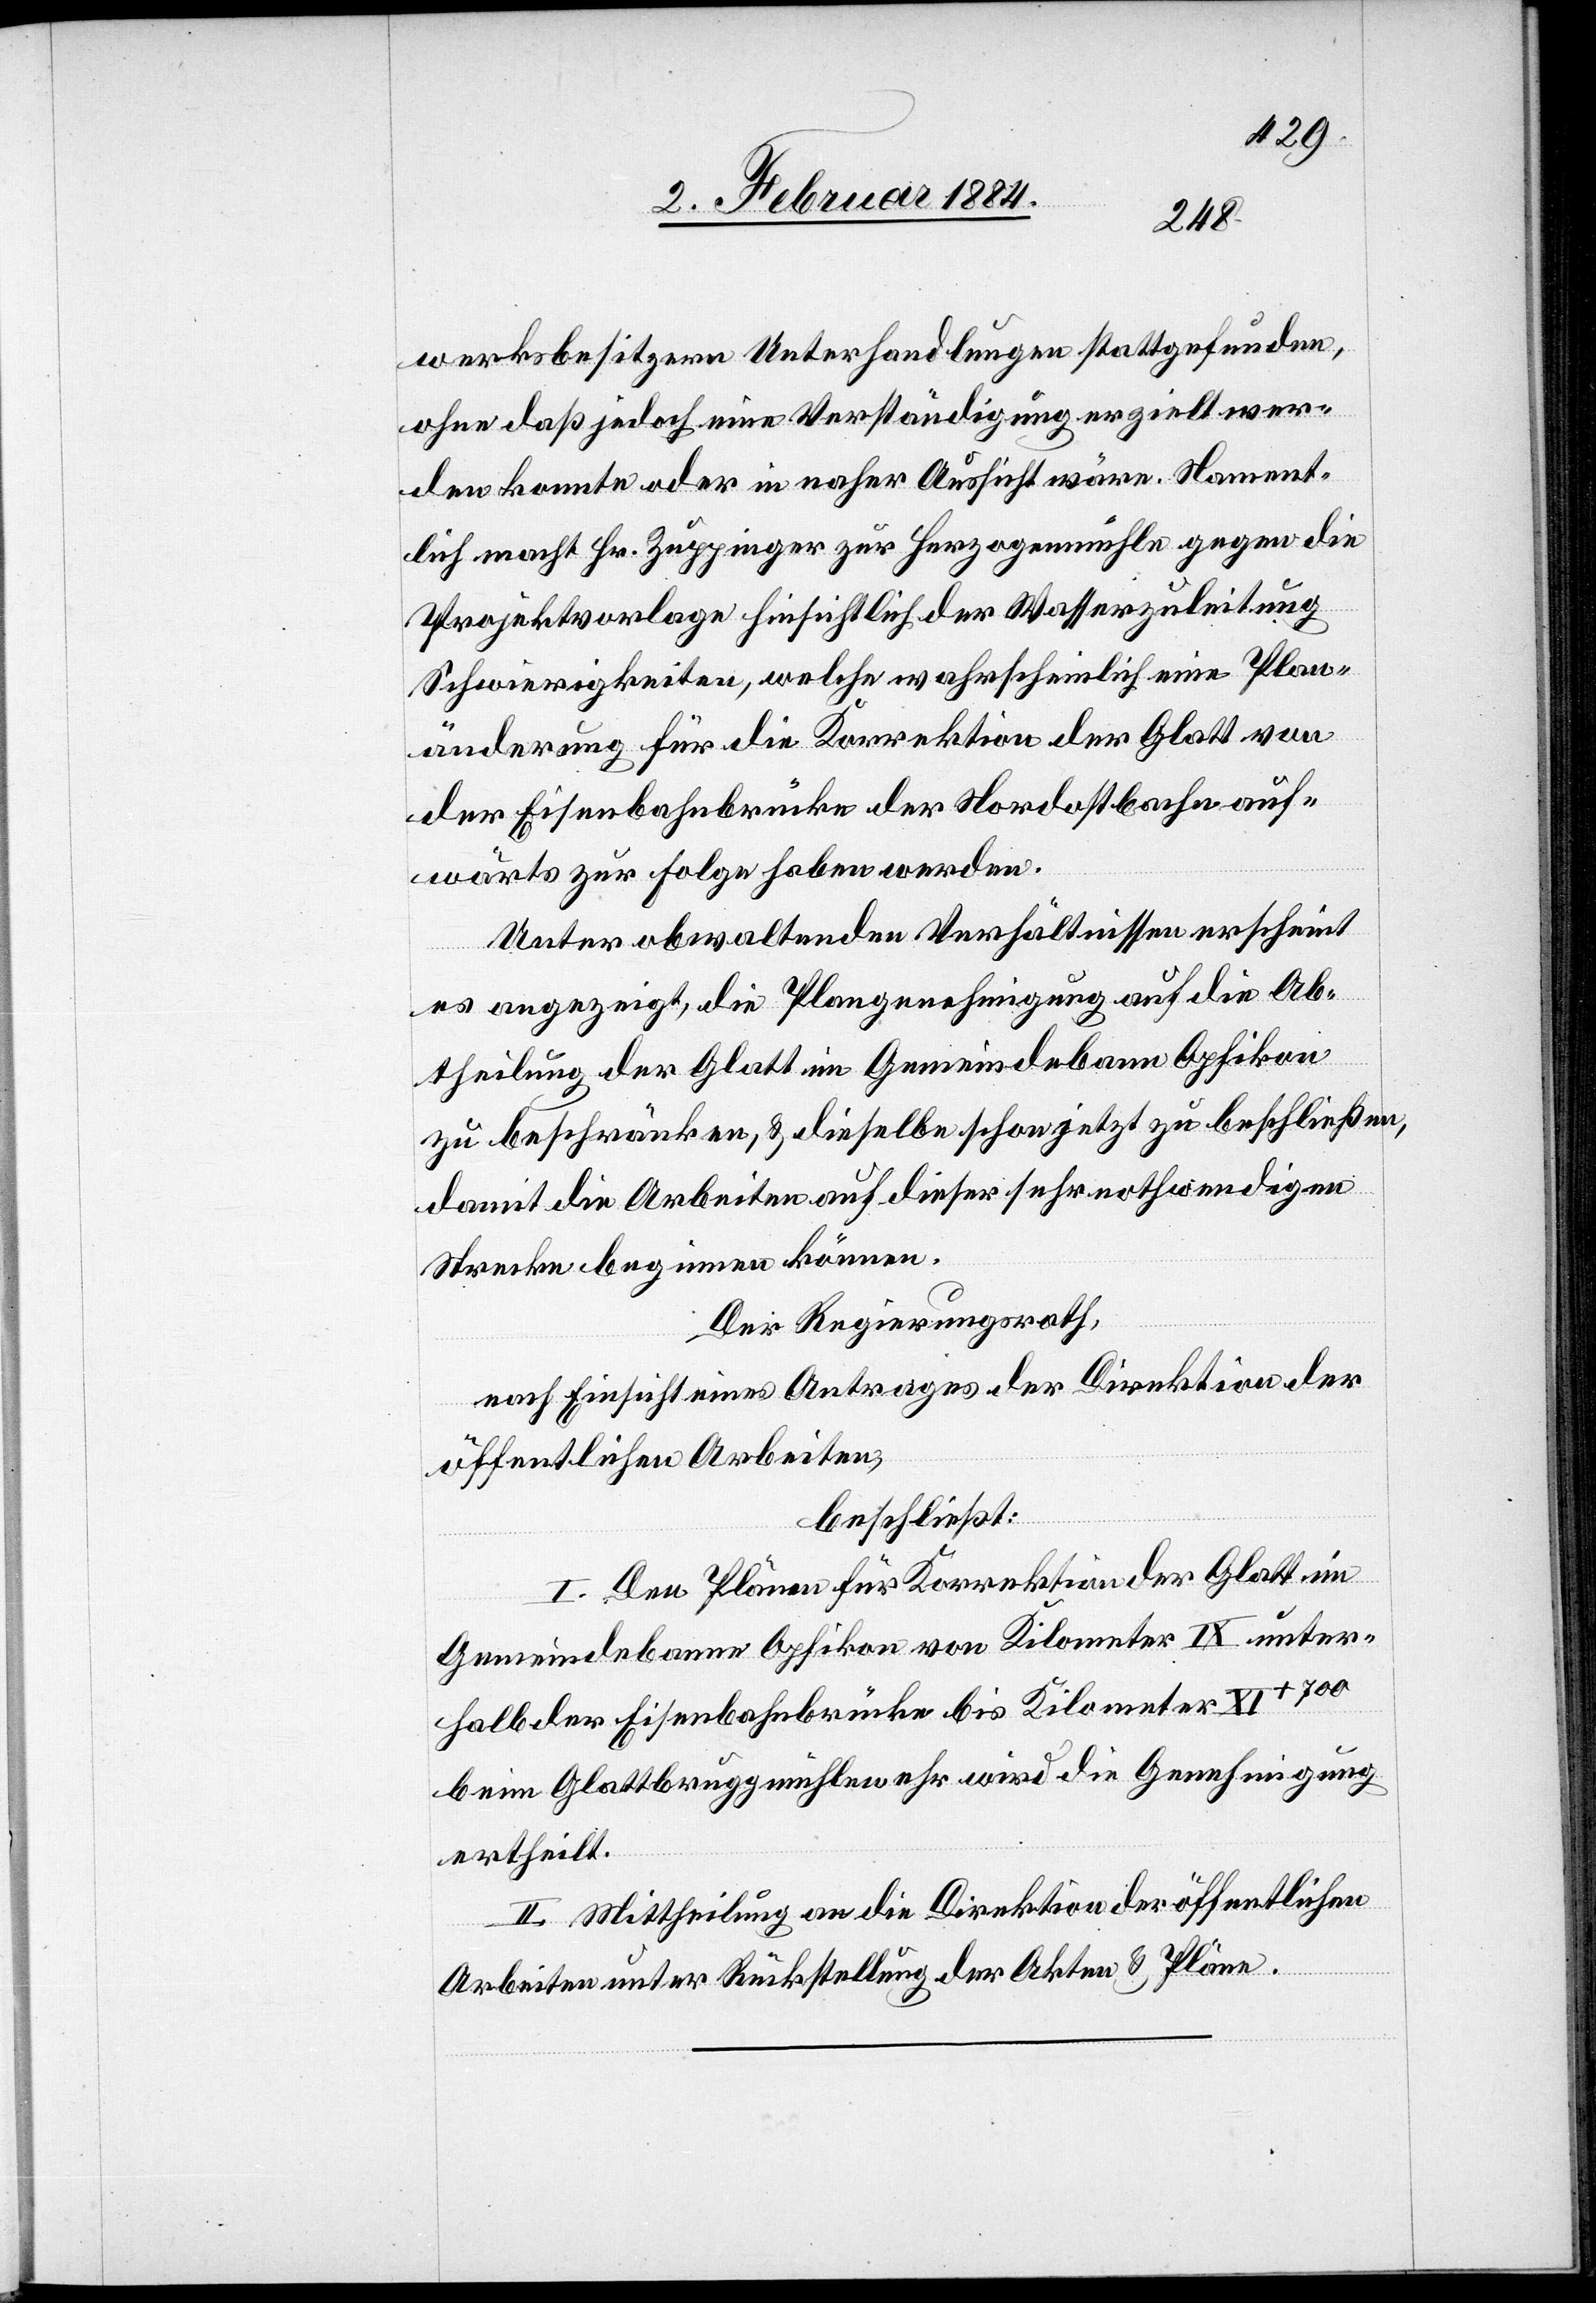
werksbesitzern Unterhandlungen stattgefunden,
ohne daß jedoch eine Verständigung erzielt wer¬
den konnte oder in naher Aussicht wäre. Nament¬
lich macht Hr. Zuppinger zur Herzogenmühle gegen die
Projektvorlage hinsichtlich der Wasserzuleitung
Schwierigkeiten, welche wahrscheinlich eine Plan¬
änderung für die Korrektion der Glatt von
der Eisenbahnbrücke der Nordostbahn auf¬
wärts zur Folge haben werden.
Unter obwaltenden Verhältnissen erscheint
es angezeigt, die Plangenehmigung auf die Ab¬
theilung der Glatt im Gemeindebann Opfikon
zu beschränken & dieselbe schon jetzt zu beschließen,
damit die Arbeiten auf dieser sehr nothwendigen
Strecke beginnen können.
Der Regierungsrath,
nach Einsicht eines Antrages der Direktion der
öffentlichen Arbeiten,
beschließt:
I. Den Plänen für Korrektion der Glatt im
Gemeindebann Opfikon von Kilometer IX unter¬
halb der Eisenbahnbrücke bis Kilometer XI+700
beim Glattbruggmühlewehr wird die Genehmigung
ertheilt.
II. Mittheilung an die Direktion der öffentlichen
Arbeiten unter Rückstellung der Akten & Pläne.